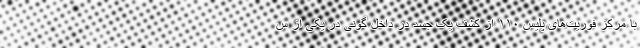
با مرکز فوریت‌های پلیس ۱۱۰ از کشف یک جسد در داخل گونی در یکی از س